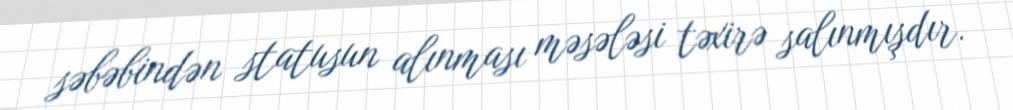
səbəbindən statusun alınması məsələsi təxirə salınmışdır.